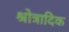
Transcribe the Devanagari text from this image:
श्रोत्रादिक